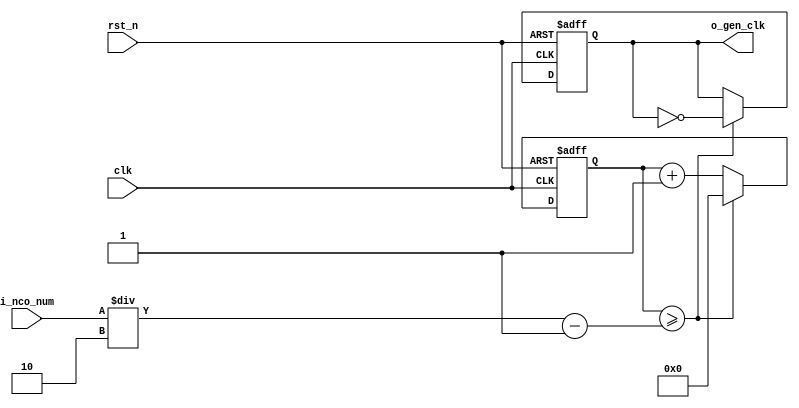
//	==================================================
//	Copyright (c) 2019 Sookmyung Women's University.
//	--------------------------------------------------
//	DEPARTMENT		: EE
//	--------------------------------------------------
//	RELEASE HISTORY
//	--------------------------------------------------
//	VERSION			DATE
//	0.0			2019-11-09
//	--------------------------------------------------
//	PURPOSE			: Digital Clock
//	==================================================

//	--------------------------------------------------
//	Numerical Controlled Oscillator
//	Hz of o_gen_clk = Clock Hz / num
//	--------------------------------------------------
module	nco(	
		o_gen_clk,
		i_nco_num,
		clk,
		rst_n);

output		o_gen_clk	;	// 1Hz CLK

input	[31:0]	i_nco_num	;
input		clk		;	// 50Mhz CLK
input		rst_n		;

reg	[31:0]	cnt		;
reg		o_gen_clk	;

always @(posedge clk or negedge rst_n) begin
	if(rst_n == 1'b0) begin
		cnt		<= 32'd0;
		o_gen_clk	<= 1'd0	;
	end else begin
		if(cnt >= i_nco_num/2-1) begin
			cnt 	<= 32'd0;
			o_gen_clk	<= ~o_gen_clk;
		end else begin
			cnt <= cnt + 1'b1;
		end
	end
end

endmodule

//	--------------------------------------------------
//	Flexible Numerical Display Decoder
//	--------------------------------------------------
module	fnd_dec(
		o_seg,
		i_num);

output	[6:0]	o_seg		;	// {o_seg_a, o_seg_b, ... , o_seg_g}

input	[3:0]	i_num		;
reg	[6:0]	o_seg		;
//making
always @(i_num) begin 
 	case(i_num) 
 		4'd0 : o_seg = 7'b111_1110	; 
 		4'd1 : o_seg = 7'b011_0000	; 
 		4'd2 : o_seg = 7'b110_1101	; 
 		4'd3 : o_seg = 7'b111_1001	; 
 		4'd4 : o_seg = 7'b011_0011	; 
 		4'd5 : o_seg = 7'b101_1011	; 
 		4'd6 : o_seg = 7'b101_1111	; 
 		4'd7 : o_seg = 7'b111_0000	; 
 		4'd8 : o_seg = 7'b111_1111	; 
 		4'd9 : o_seg = 7'b111_0011	; 
		default : o_seg = 7'b000_0000	; 
	endcase 
end


endmodule

//	--------------------------------------------------
//	0~59 --> 2 Separated Segments
//	--------------------------------------------------
module	double_fig_sep(
		o_left,
		o_right,
		i_double_fig);

output	[3:0]	o_left		;
output	[3:0]	o_right		;

input	[5:0]	i_double_fig	;

assign		o_left	= i_double_fig / 10	;
assign		o_right	= i_double_fig % 10	;

endmodule

//	--------------------------------------------------
//	0~59 --> 2 Separated Segments
//	--------------------------------------------------
module	led_disp(
		o_seg,
		o_seg_dp,
		o_seg_enb,
		i_six_digit_seg,
		i_six_dp,
		clk,
		rst_n);

output	[5:0]	o_seg_enb		;
output		o_seg_dp		;
output	[6:0]	o_seg			;

input	[41:0]	i_six_digit_seg		;
input	[5:0]	i_six_dp		;
input		clk			;
input		rst_n			;

wire		gen_clk		;

nco		u_nco(
		.o_gen_clk	( gen_clk	),
		.i_nco_num	( 32'd5000	),
		.clk		( clk		),
		.rst_n		( rst_n		));


reg	[3:0]	cnt_common_node	;

always @(posedge gen_clk or negedge rst_n) begin
	if(rst_n == 1'b0) begin
		cnt_common_node <= 4'd0;
	end else begin
		if(cnt_common_node >= 4'd5) begin
			cnt_common_node <= 4'd0;
		end else begin
			cnt_common_node <= cnt_common_node + 1'b1;
		end
	end
end

reg	[5:0]	o_seg_enb		;

always @(cnt_common_node) begin
	case (cnt_common_node)
		4'd0 : o_seg_enb = 6'b111110;
		4'd1 : o_seg_enb = 6'b111101;
		4'd2 : o_seg_enb = 6'b111011;
		4'd3 : o_seg_enb = 6'b110111;
		4'd4 : o_seg_enb = 6'b101111;
		4'd5 : o_seg_enb = 6'b011111;
	endcase
end

reg		o_seg_dp		;

always @(cnt_common_node) begin
	case (cnt_common_node)
		4'd0 : o_seg_dp = i_six_dp[0];
		4'd1 : o_seg_dp = i_six_dp[1];
		4'd2 : o_seg_dp = i_six_dp[2];
		4'd3 : o_seg_dp = i_six_dp[3];
		4'd4 : o_seg_dp = i_six_dp[4];
		4'd5 : o_seg_dp = i_six_dp[5];
	endcase
end

reg	[6:0]	o_seg			;

always @(cnt_common_node) begin
	case (cnt_common_node)
		4'd0 : o_seg = i_six_digit_seg[6:0];
		4'd1 : o_seg = i_six_digit_seg[13:7];
		4'd2 : o_seg = i_six_digit_seg[20:14];
		4'd3 : o_seg = i_six_digit_seg[27:21];
		4'd4 : o_seg = i_six_digit_seg[34:28];
		4'd5 : o_seg = i_six_digit_seg[41:35];
	endcase
end

endmodule

//	--------------------------------------------------
//	HMS(Hour:Min:Sec) Counter
//	--------------------------------------------------
module	hms_cnt(
		o_hms_cnt,
		o_max_hit,
		i_max_cnt,
		clk,
		rst_n);

output	[5:0]	o_hms_cnt		;
output		o_max_hit		;

input	[5:0]	i_max_cnt		;
input		clk			;
input		rst_n			;

reg	[5:0]	o_hms_cnt		;
reg		o_max_hit		;
always @(posedge clk or negedge rst_n) begin
	if(rst_n == 1'b0) begin
		o_hms_cnt <= 6'd0;
		o_max_hit <= 1'b0;
	end else begin
		if(o_hms_cnt >= i_max_cnt) begin
			o_hms_cnt <= 6'd0;
			o_max_hit <= 1'b1;
		end else begin
			o_hms_cnt <= o_hms_cnt + 1'b1;
			o_max_hit <= 1'b0;
		end
	end
end

endmodule

module  debounce(
		o_sw,
		i_sw,
		clk);
output		o_sw			;

input		i_sw			;
input		clk			;

reg		dly1_sw			;
always @(posedge clk) begin
	dly1_sw <= i_sw;
end

reg		dly2_sw			;
always @(posedge clk) begin
	dly2_sw <= dly1_sw;
end

assign		o_sw = dly1_sw | ~dly2_sw;

endmodule

//	--------------------------------------------------
//	Clock Controller
//	--------------------------------------------------
module	controller(
		o_mode,
		o_position,
		o_sec_clk,
		o_min_clk,
		i_max_hit_sec,
		i_max_hit_min,
		i_sw0,
		i_sw1,
		i_sw2,
		clk,
		rst_n);

output		o_mode			;
output		o_position		;
output		o_sec_clk		;
output		o_min_clk		;

input		i_max_hit_sec		;
input		i_max_hit_min		;

input		i_sw0			;
input		i_sw1			;
input		i_sw2			;

input		clk			;
input		rst_n			;

parameter	MODE_CLOCK = 1'b0	;
parameter	MODE_SETUP = 1'b1	;

parameter	POS_SEC	= 1'b0		;
parameter	POS_MIN	= 1'b1		;

wire		clk_100hz		;
nco		u0_nco(
		.o_gen_clk	( clk_100hz	),
		.i_nco_num	( 32'd500000	),
		.clk		( clk		),
		.rst_n		( rst_n		));

wire		sw0			;
debounce	u0_debounce(
		.o_sw		( sw0		),
		.i_sw		( i_sw0		),
		.clk		( clk_100hz	));

wire		sw1			;
debounce	u1_debounce(
		.o_sw		( sw1		),
		.i_sw		( i_sw1		),
		.clk		( clk_100hz	));

wire		sw2			;
debounce	u2_debounce(
		.o_sw		( sw2		),
		.i_sw		( i_sw2		),
		.clk		( clk_100hz	));

reg		o_mode			;
always @(posedge sw0 or negedge rst_n) begin
	if(rst_n == 1'b0) begin
		o_mode <= MODE_CLOCK;
	end else begin
		o_mode <= o_mode + 1'b1;
	end
end

reg		o_position		;
always @(posedge sw1 or negedge rst_n) begin
	if(rst_n == 1'b0) begin
		o_position <= POS_SEC;
	end else begin
		o_position <= o_position + 1'b1;
	end
end

wire		clk_1hz			;
nco		u1_nco(
		.o_gen_clk	( clk_1hz	),
		.i_nco_num	( 32'd50000000	),
		.clk		( clk		),
		.rst_n		( rst_n		));

reg		o_sec_clk		;
reg		o_min_clk		;
always @(*) begin
	case(o_mode)
		MODE_CLOCK : begin
			o_sec_clk = clk_1hz;
			o_min_clk = i_max_hit_sec;
		end
		MODE_SETUP : begin
			case(o_position)
				POS_SEC : begin
					o_sec_clk = ~sw2;
					o_min_clk = 1'b0;
				end
				POS_MIN : begin
					o_sec_clk = 1'b0;
					o_min_clk = ~sw2;
				end
			endcase
		end
	endcase
end

endmodule

//	--------------------------------------------------
//	HMS(Hour:Min:Sec) Counter
//	--------------------------------------------------
module	minsec(	o_sec,
		o_min,
		o_max_hit_sec,
		o_max_hit_min,
		i_sec_clk,
		i_min_clk,
		clk,
		rst_n);

output	[5:0]	o_sec		;
output	[5:0]	o_min		;
output		o_max_hit_sec	;
output		o_max_hit_min	;

input		i_sec_clk	;
input		i_min_clk	;

input		clk		;
input		rst_n		;

hms_cnt		u0_hms_cnt(
		.o_hms_cnt	( o_sec		),
		.o_max_hit	( o_max_hit_sec	),
		.i_max_cnt	( 6'd59		),
		.clk		( i_sec_clk	),
		.rst_n		( rst_n		));

hms_cnt		u1_hms_cnt(
		.o_hms_cnt	( o_min		),
		.o_max_hit	( o_max_hit_min	),
		.i_max_cnt	( 6'd59		),
		.clk		( i_min_clk	),
		.rst_n		( rst_n		));

endmodule

module	top_hms_clock(
		o_seg_enb,
		o_seg_dp,
		o_seg,
		i_sw0,
		i_sw1,
		i_sw2,
		clk,
		rst_n);

output	[5:0]	o_seg_enb	;
output		o_seg_dp	;
output	[6:0]	o_seg		;

input		i_sw0		;
input		i_sw1		;
input		i_sw2		;
input		clk		;
input		rst_n	;

wire		controller_1	;
wire		controller_2	;
wire		controller_3	;
wire		controller_4	;

controller		u_ctrl		(
			.i_sw0		(i_sw0		),
			.i_sw1		(i_sw1		),
			.i_sw2		(i_sw2		),
			.clk		(clk		),
			.i_max_hit_min	(controller_3	),
			.i_max_hit_sec	(controller_4	),
			.o_mode		(),
			.o_position	(),
			.o_min_clk	(controller_1	),
			.o_sec_clk	(controller_2	),
			.rst_n		(rst_n		));

wire	[5:0]	minsec_1	;
wire	[5:0]	minsec_2	;

minsec			u_minsec(
			.clk		(clk		),
			.i_min_clk	(controller_1	),
			.i_sec_clk	(controller_2	),
			.o_min		(minsec_1	),
			.o_sec		(minsec_2	),
			.o_max_hit_min	(controller_3	),
			.o_max_hit_sec	(controller_4	),
			.rst_n		(rst_n		));

wire	[3:0]	left_1	;
wire	[3:0]	right_1	;

double_fig_sep		u0_dfs(
			.i_double_fig	(minsec_2	),
			.o_left		(left_1		),
			.o_right	(right_1	));

wire	[3:0]	left_2	;
wire	[3:0]	right_2	;

double_fig_sep		u1_dfs(
			.i_double_fig	(minsec_1	),
			.o_left		(left_2		),
			.o_right	(right_2	));

wire	[6:0]	sec_left	;
wire	[6:0]	sec_right	;
wire	[6:0]	min_left	;
wire	[6:0]	min_right	;

fnd_dec			u0_fnd_dec(
			.i_num		(left_1		),
			.o_seg		(sec_left	));

fnd_dec			u1_fnd_dec(
			.i_num		(right_1	),
			.o_seg		(sec_right	));

fnd_dec			u2_fnd_dec(
			.i_num		(left_2		),
			.o_seg		(min_left	));

fnd_dec			u3_fnd_dec(
			.i_num		(right_2	),
			.o_seg		(min_right	));

wire	[41:0]	six_digit_seg		;

assign		six_digit_seg ={ {2{7'd0}}, min_left, min_right, sec_left, sec_right };

led_disp	u_led_disp(
				.o_seg		(o_seg		),
				.o_seg_dp	(o_seg_dp	),
				.o_seg_enb	(o_seg_enb	),
				.i_six_digit_seg(six_digit_seg	),
				.i_six_dp	(6'b0		),
				.clk		(clk		),
				.rst_n		(rst_n		));
endmodule